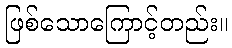
ဖြစ်သောကြောင့်တည်း။